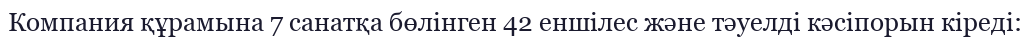
Компания құрамына 7 санатқа бөлінген 42 еншілес және тәуелді кәсіпорын кіреді: